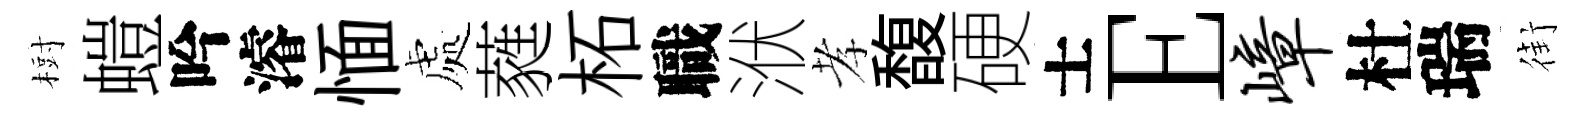
𣗳螘吟濬愐處蕤柘職洑孝馥硬士E嶂杜瑞街